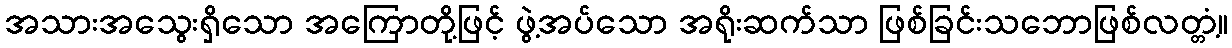
အသားအသွေးရှိသော အကြောတို့ဖြင့် ဖွဲ့အပ်သော အရိုးဆက်သာ ဖြစ်ခြင်းသဘောဖြစ်လတ္တံ့။